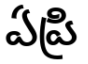
ఏప్రి